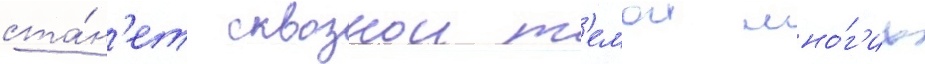
ста́н'ет сквознои т'емои мно́г'их